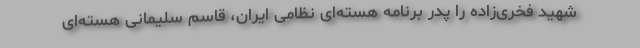
شهید فخری‌زاده را پدر برنامه هسته‌ای نظامی ایران، قاسم سلیمانی هسته‌ای